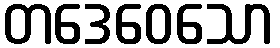
တဒေဝေသော